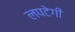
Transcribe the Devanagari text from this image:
लपटेगी